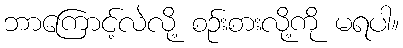
ဘာကြောင့်လဲလို့ စဉ်းစားလို့ကို မရပါ။